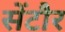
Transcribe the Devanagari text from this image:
सेंटौर